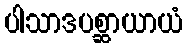
ပါသာဒပစ္ဆာယာယံ